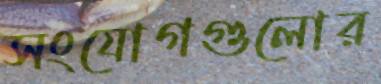
সংযোগগুলোর